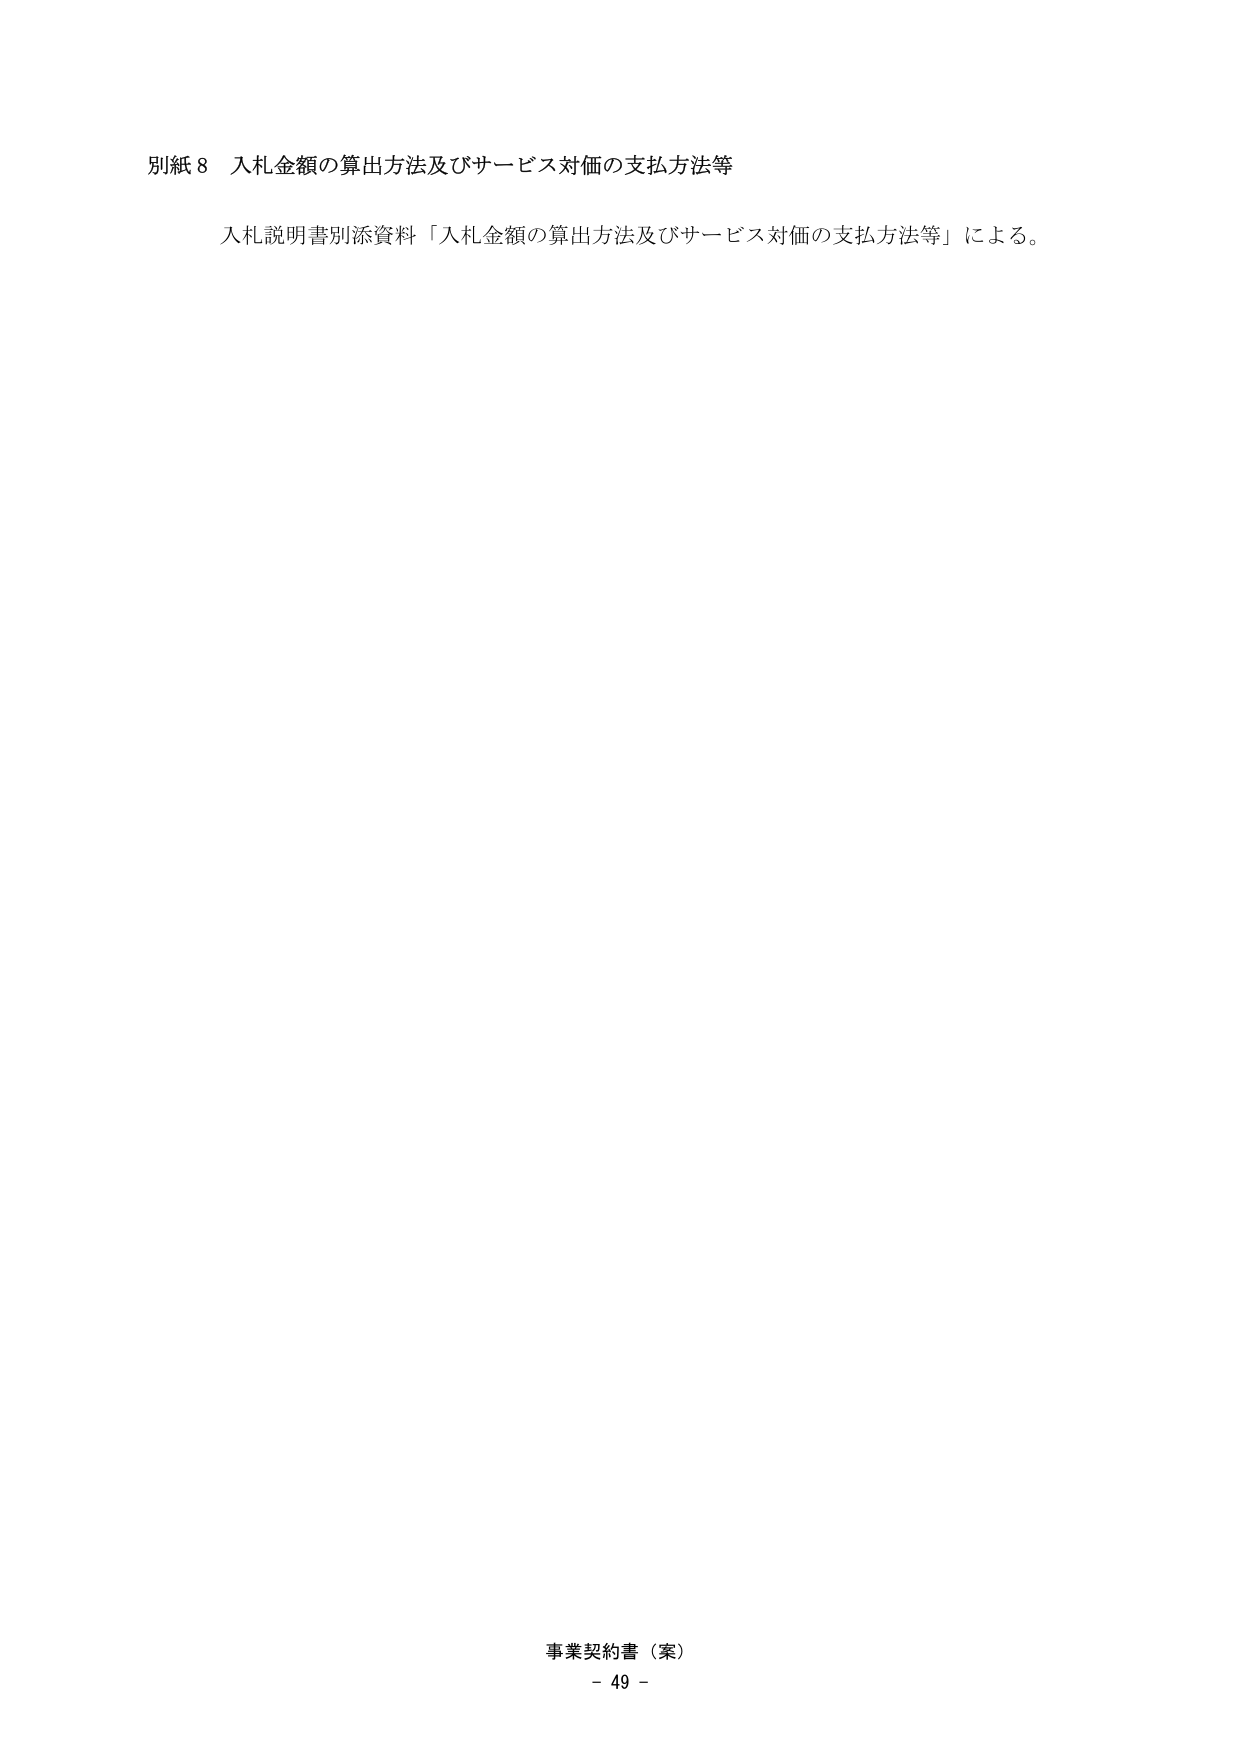
別紙８ 入札金額の算出方法及びサービス対価の支払方法等

入札説明書別添資料「入札金額の算出方法及びサービス対価の支払方法等」による。

事業契約書（案）
- 49 -